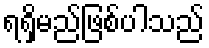
ရရှိမည်ဖြစ်ပါသည်